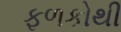
ફળકોથી